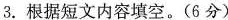
3.根据短文内容填空。(6分)